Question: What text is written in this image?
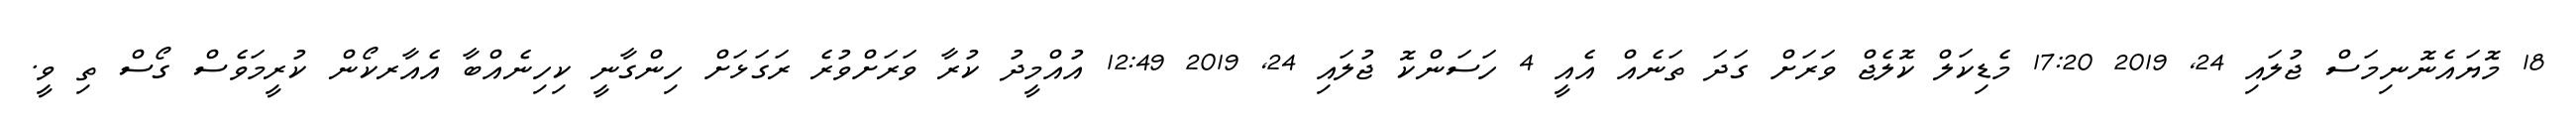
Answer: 18 މޮޔައެނޮނިމަސް ޖުލައި 24, 2019 17:20 މެޑިކަލް ކޮލެޖް ވަރަށް ގަދަ ތަނެއް އެއީ 4 ހަސަންކޮ ޖުލައި 24, 2019 12:49 އުއްމީދު ކުރާ ވަރަށްވުރެ ރަގަޅަށް ހިންގާނީ ކިހިނެއްބާ އެއާރކޯން ކުރީމަވެސް ގޯސް ތި ވީ.